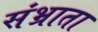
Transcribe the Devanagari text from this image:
संभ्राता